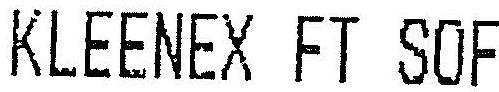
KLEENEX FT SOF